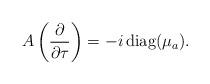
LaTeX: \begin{align*}A\left(\frac{\partial}{\partial\tau}\right)=-i\, \mathrm{diag}(\mu_a).\end{align*}